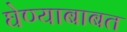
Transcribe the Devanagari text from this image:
घेण्याबाबत